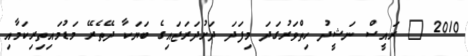
2010 @ ރައީސް ނަޝީދު ހިތްވަރުގަދަ މިފަދަ ދަށުދަރަޖައިގެ ބަޔަކާ ދޭތެރޭ މަޑުމައިތިރިކަމާއި